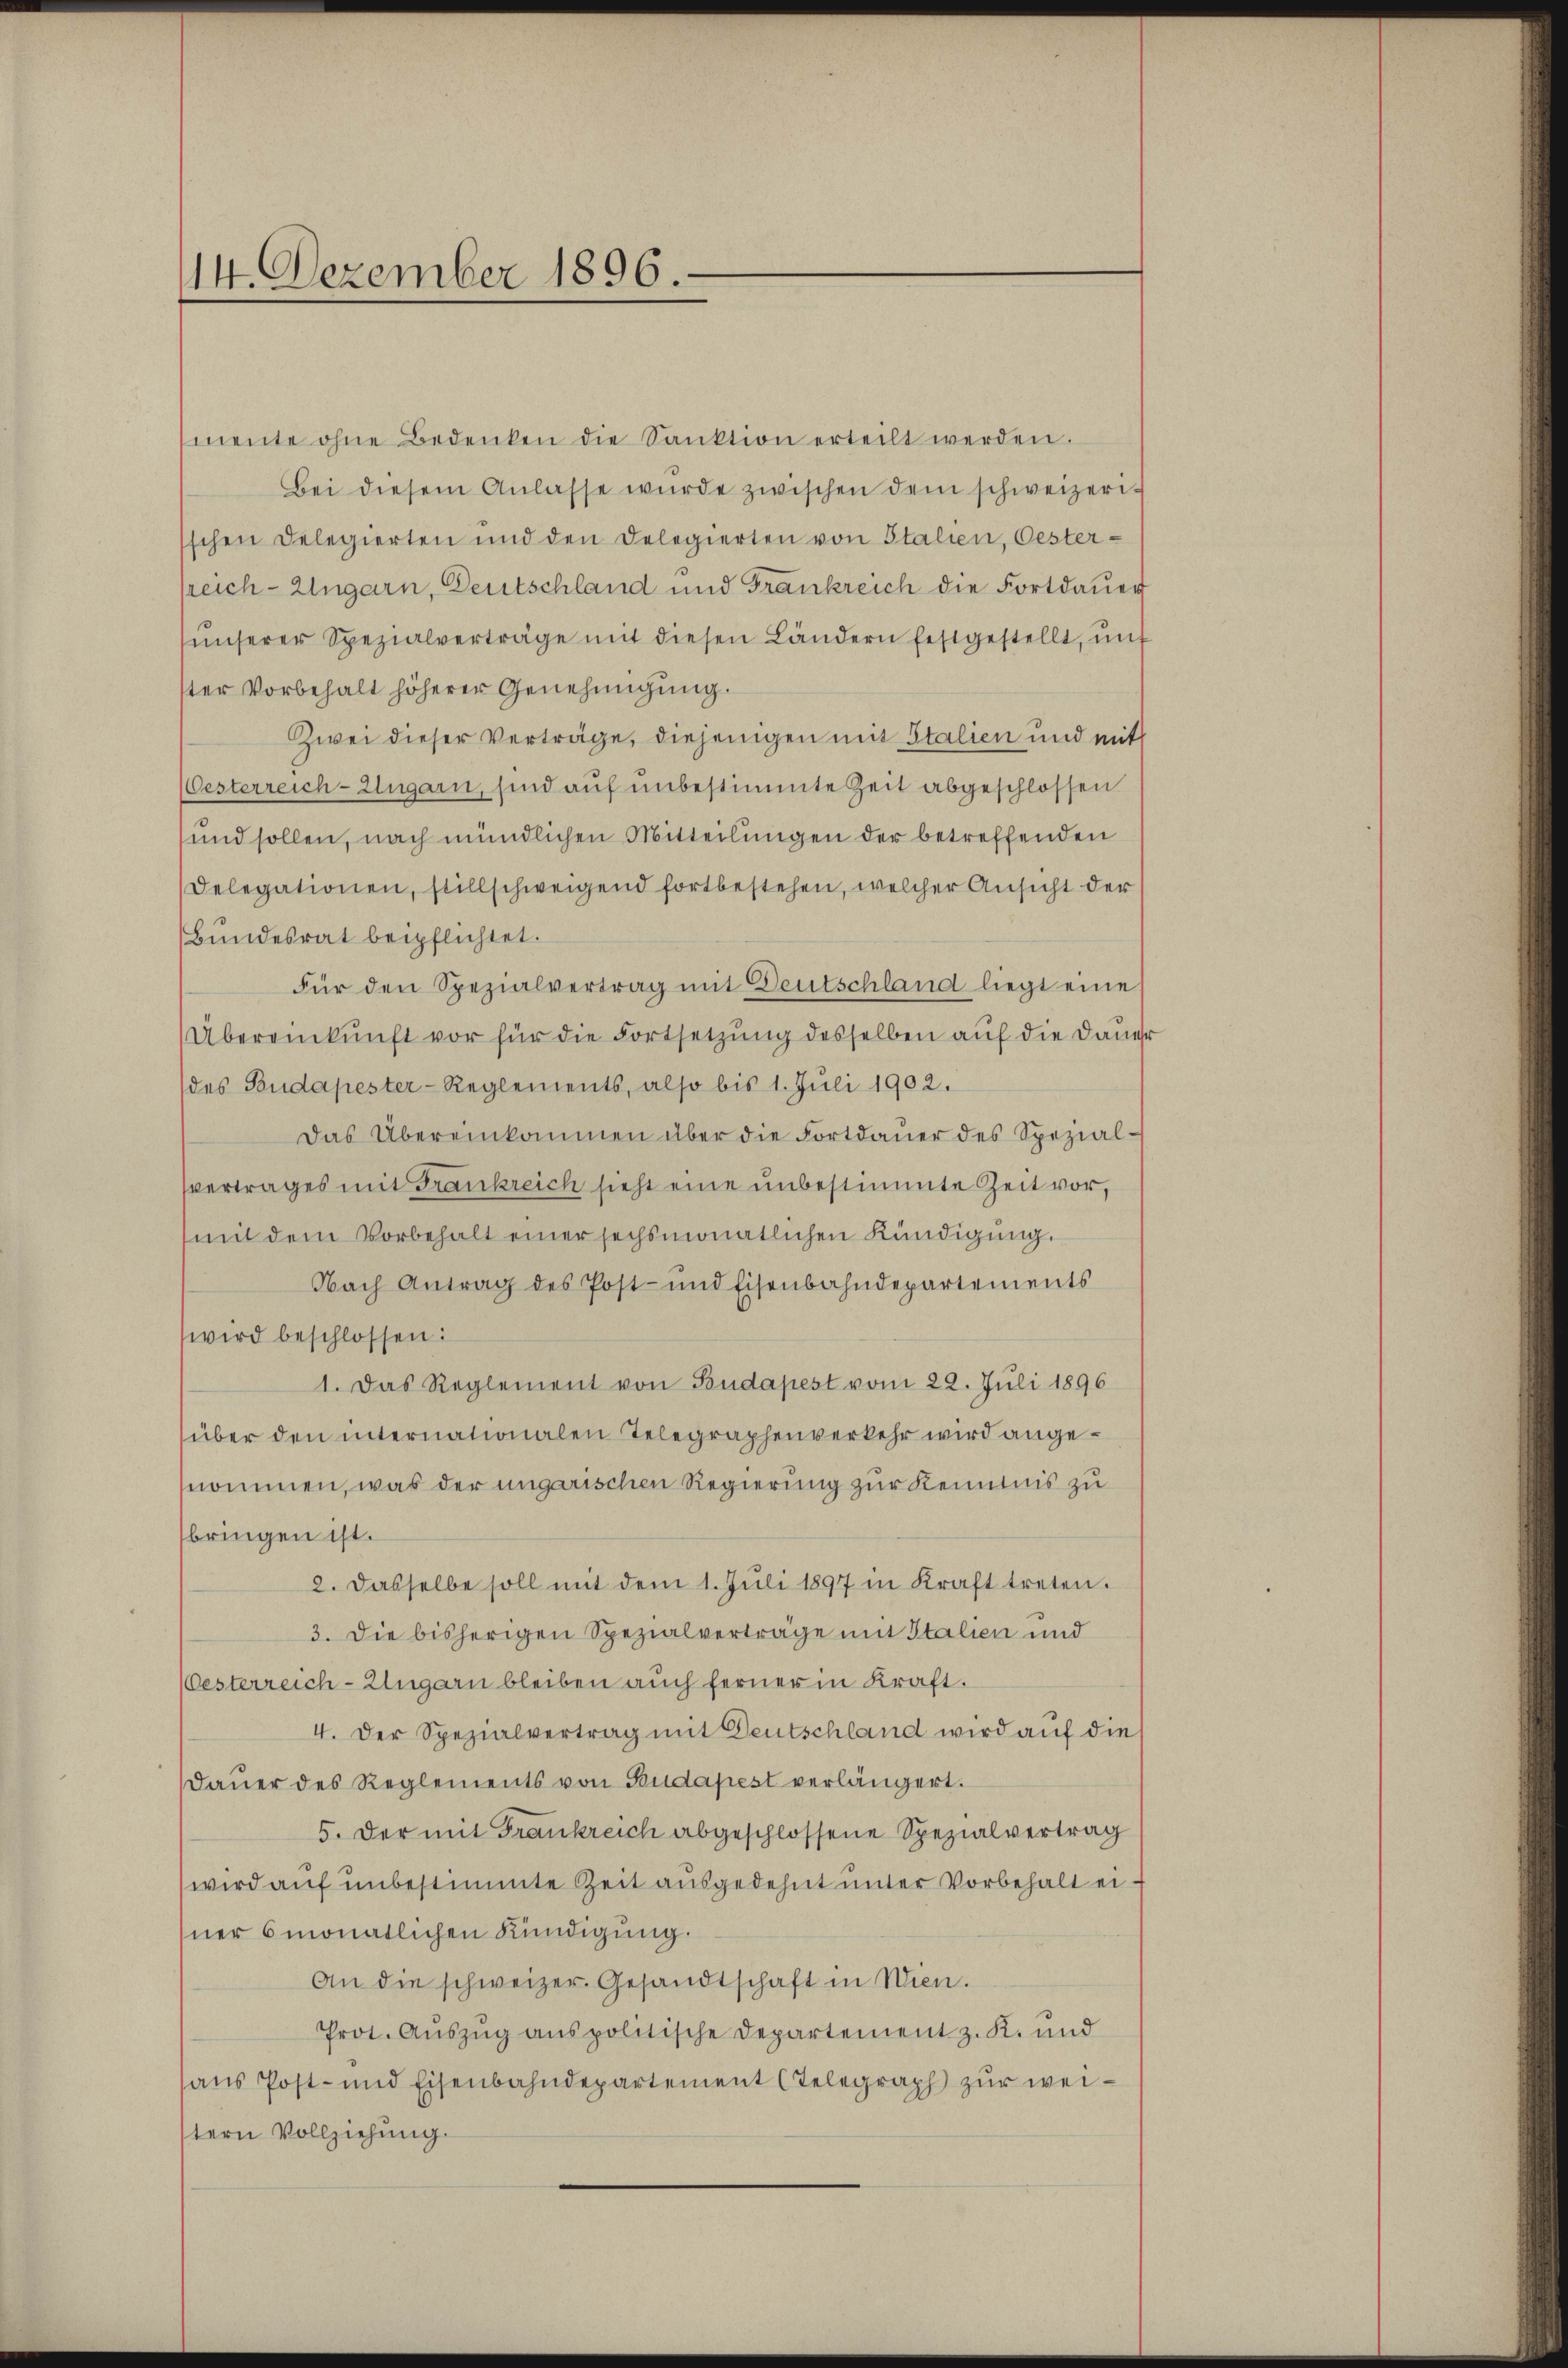
14. Dezember 1896.

mente ohne Bedenken die Sanktion erteilt werden.
Bei diesem Anlasse wurde zwischen dem schweizerisschen Delegierten und den Delegierten von Italien, Oester-
sreich-Ungarn, Deutschland und Frankreich die Fortdauer
ŭnserer Spezialverträge mit diesen Ländern festgestellt, unt
ter Vorbehalt höherer Genehmigung.
Zwei dieser Verträge, diejenigen mit Stalien und mit
Oesterreich-Ungarn, sind auf unbestimmte Zeit abgeschlossen
und sollen, nach mündlichen Mitteilungen der betreffenden
Delegationen, stillschweigend fortbestehen, welcher Ansicht der
Bundesrat beipflichtet.
Für den Spezialvertrag mit Deutschland liegt eine
Übereinkunft vor für die Fortsetzung desselben auf die Dauer
des Budapester-Reglements, also bis 1. Juli 1902.
Das Übereinkommen über die Fortdauer des Spezial-
svertrages mit Frankreich sieht eine unbestimmte Zeit vor,
mit dem Vorbehalt einer sechsmonatlichen Kündigung.
Nach Antrag des Post- und Eisenbahndepartements
wird beschlossen:
1. Das Reglement von Budapest vom 22. Juli 1896
über den internationalen Telegraphenverkehr wird angenommen, was der ungarischen Regierung zur Kenntnis zu
bringen ist.
2. Dasselbe soll mit dem 1. Jŭli 1897 in Kraft treten.
3. Die bisherigen Spezialvertrage mit Italien und
Österreich-Ungarn bleiben auch ferner in Kraft.
4. Der Spezialvertrag mit Deutschland wird auf die
Daŭer des Reglements von Budapest verlängert.
5. Der mit Frankreich abgeschlossene Spezialvertrag
wird auf unbestimmte Zeit ausgedehnt unter Vorbehalt einer 6 monatlichen Kündigung.
An die schweizer. Gesandtschaft in Wien.
Prot. Aŭszŭg anspolitische Departement z. K. und
aus Post- und Eisenbahndepartement Telegraph zur weistern Vollziehung.